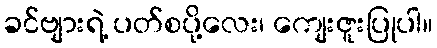
ခင်ဗျားရဲ့ ပတ်စပို့လေး၊ ကျေးဇူးပြုပါ။